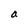
Character: a